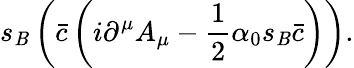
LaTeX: s_{\mathit{B}}\left({\bar{{c}}}\left(i\partial^{\mu}A_{\mu}-{\frac{{1}}{{2}}}\alpha_{0}s_{\mathit{B}}{\bar{{c}}}\right)\right).